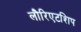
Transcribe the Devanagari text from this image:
लौरिएटशिप